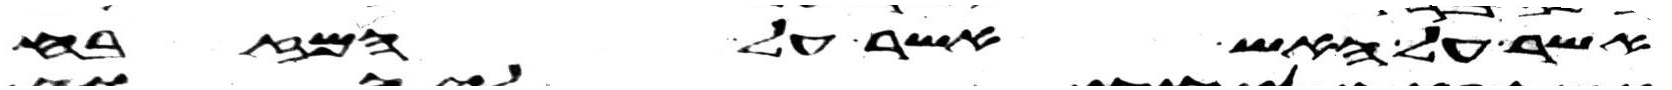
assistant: אשר על האש אשר על המזבח